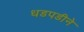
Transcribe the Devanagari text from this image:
धडपडीने